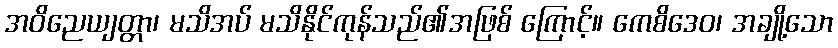
အဝိညေယျတ္တာ၊ မသိအပ် မသိနိုင်ကုန်သည်၏အဖြစ် ကြောင့်။ ကေစိဒေဝ၊ အချို့သော